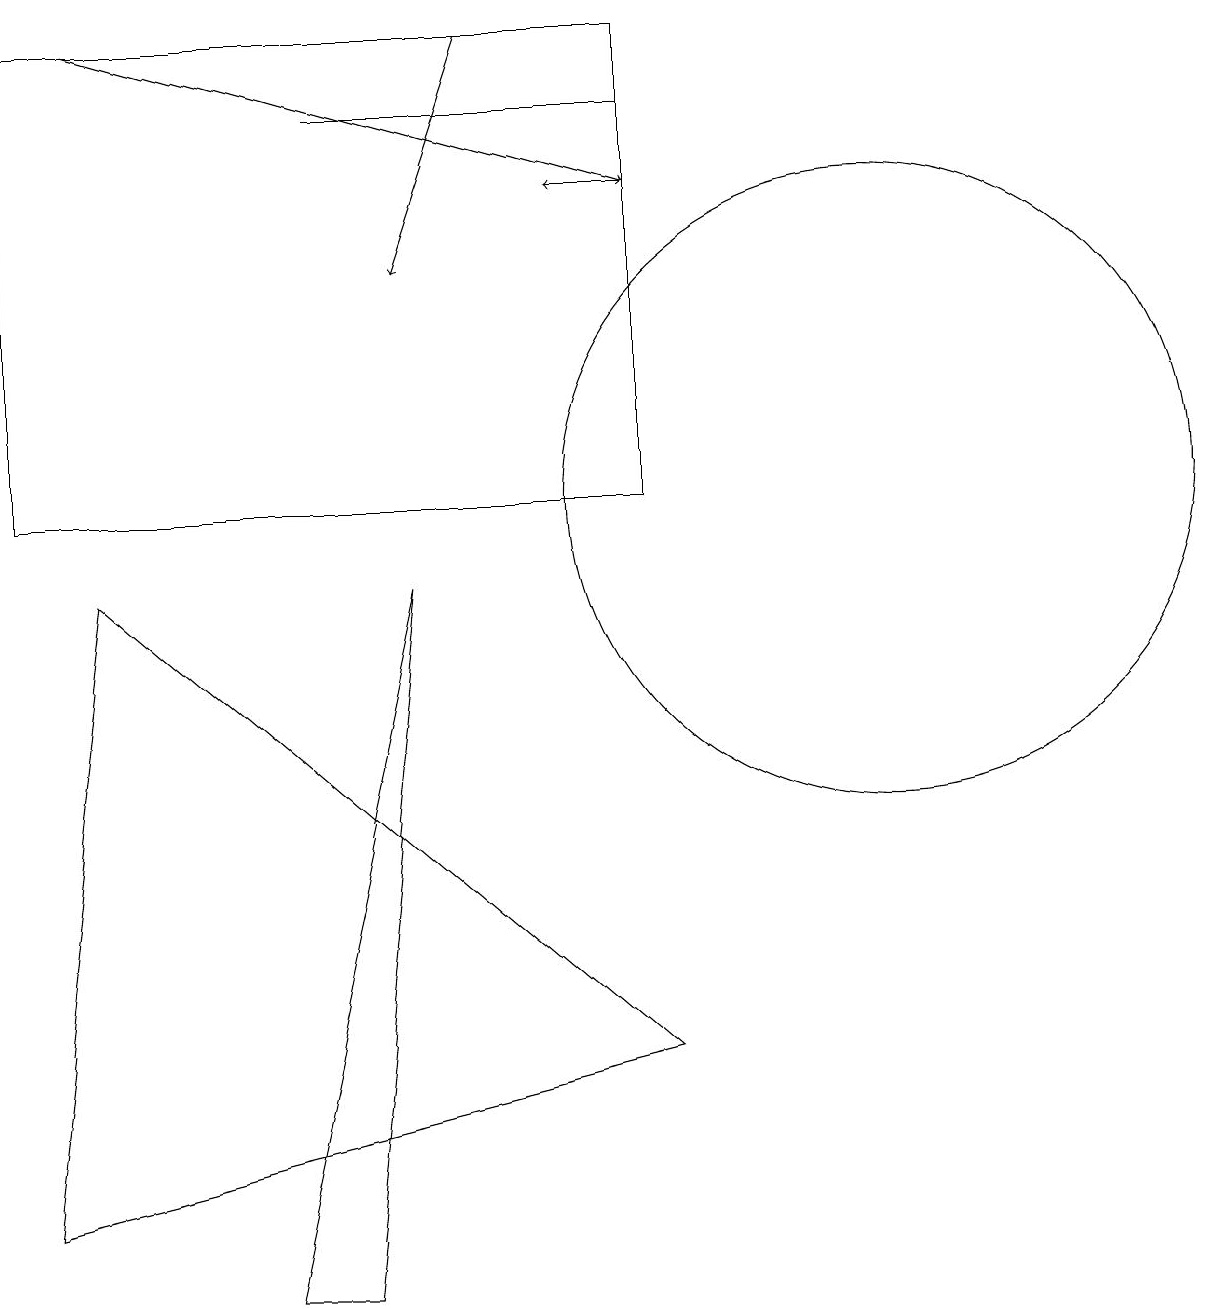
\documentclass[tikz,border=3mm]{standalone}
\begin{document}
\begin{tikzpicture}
\draw (8,15) rectangle (4,15);
\draw (4,0) -- (5,9) -- (3,0) -- cycle;
\draw[->] (6,16) -- (5,13);
\draw (1,9) -- (8,3) -- (0,1) -- cycle;
\draw (11,10) circle (4);
\draw[->] (8,14) -- (7,14);
\draw (0,16) rectangle (8,10);
\draw[->] (1,16) -- (8,14);
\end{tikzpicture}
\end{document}